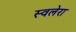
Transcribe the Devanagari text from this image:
स्वलेरा